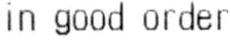
IN GOOD ORDER